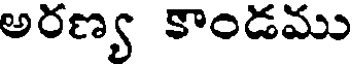
అరణ్య కాండము